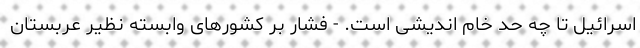
اسرائیل تا چه حد خام اندیشی است. - فشار بر کشورهای وابسته نظیر عربستان